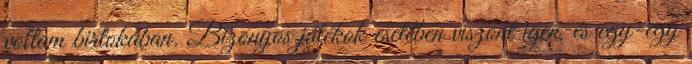
voltam birtokában. Bizonyos játékok esetében viszont igen, és egy-egy